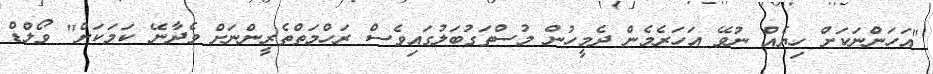
"އަހަންނަކަށް ހިޔެއް ނުވޭ އަހަރެމެން ދެމީހުން މުސްތަގުބަލުގައިވެސް ރަހްމަތްތެރީންނަށް ވެދާނޭ ކަމަކަށް" ވޯލްޑް